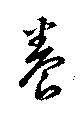
養